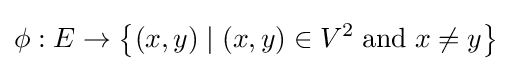
\phi :E\to \left\{(x,y)\mid (x,y)\in V^{2}\;{\textrm {and}}\;x\neq y\right\}